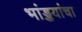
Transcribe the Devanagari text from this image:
भांड्डयांचा